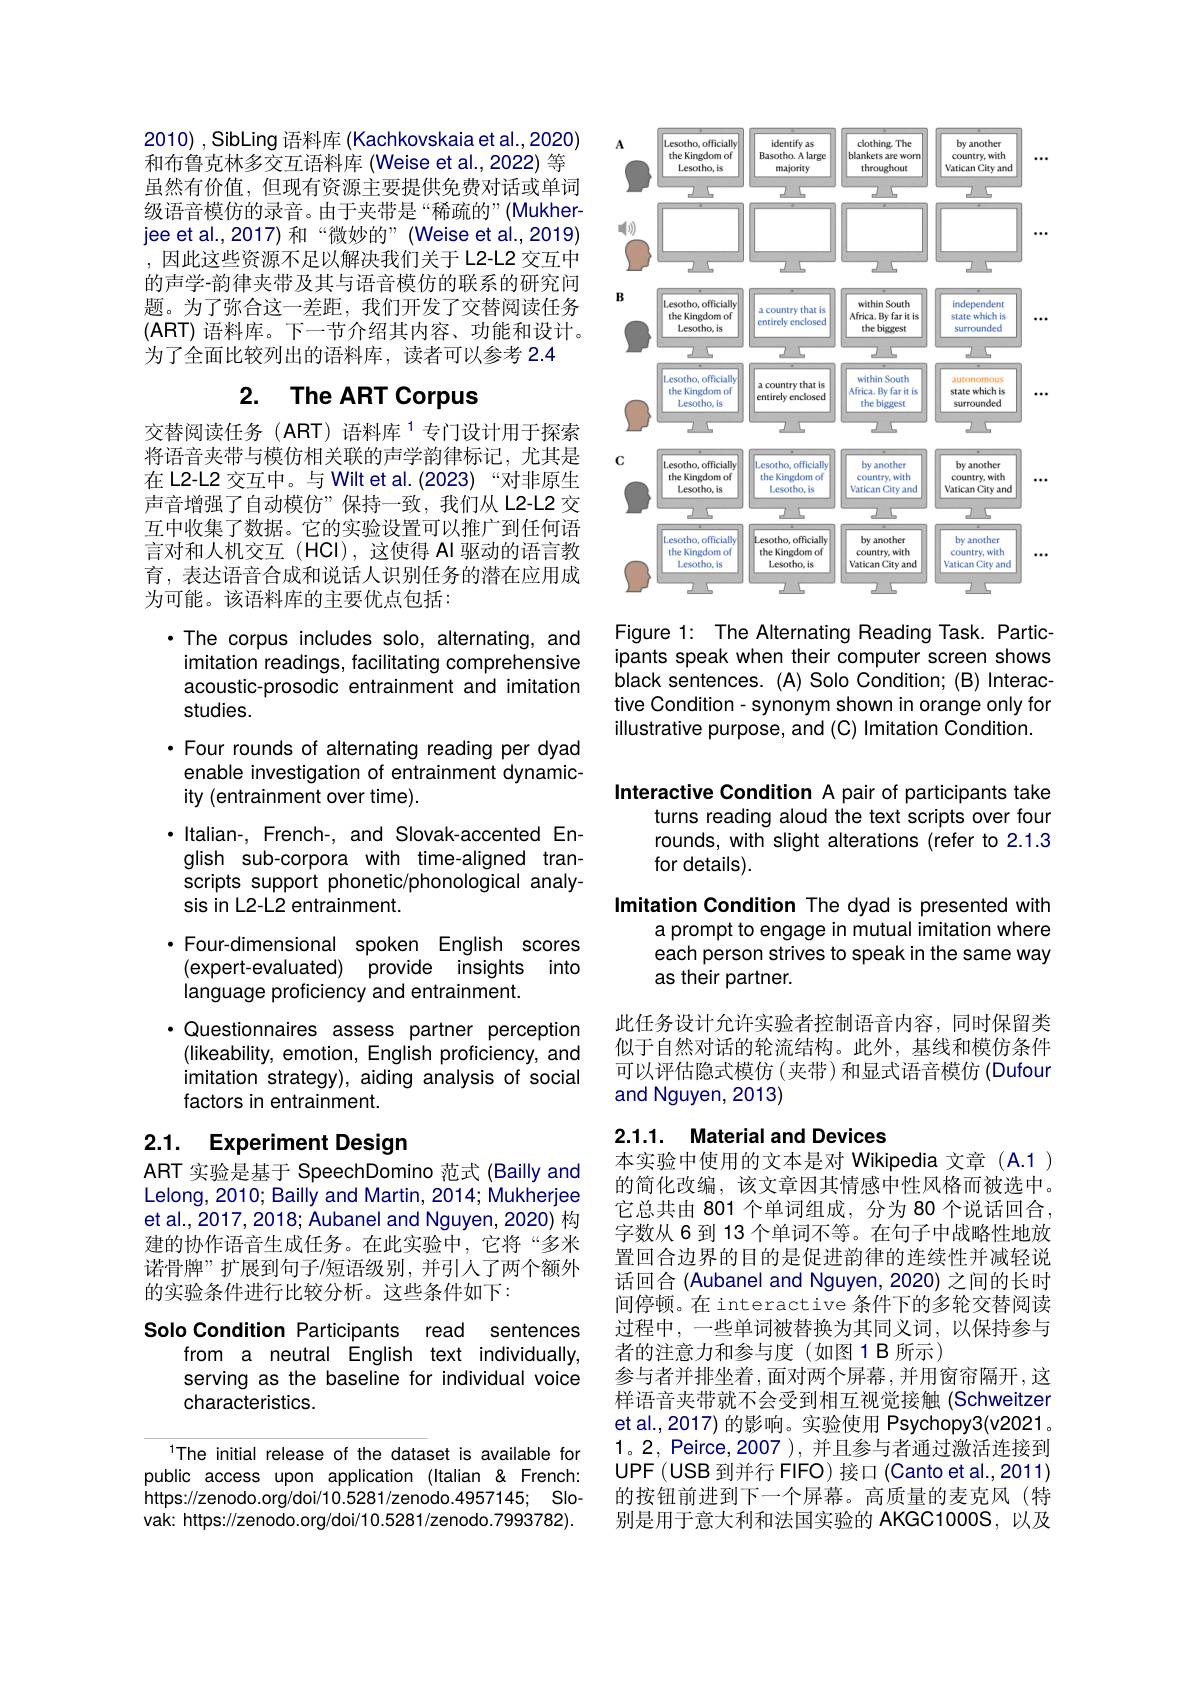
2010), SibLing 语料库 (Kachkovskaia et al., 2020) 和布鲁克林多交互语料库 (Weise et al., 2022) 等虽然有价值，但现有资源主要提供免费对话或单词级语音模仿的录音。由于夹带是“稀疏的”(Mukherjee et al., 2017) 和 “微妙的”(Weise et al., 2019) ,因此这些资源不足以解决我们关于L2-L2 交互中的声学-韵律夹带及其与语音模仿的联系的研究问题。为了弥合这一差距，我们开发了交替阅读任务(ART)语料库。下一节介绍其内容、功能和设计。为了全面比较列出的语料库，读者可以参考 2.4

# 2. The ART Corpus

交替阅读任务(ART)语料库$^{1}$专门设计用于探索将语音夹带与模仿相关联的声学韵律标记，尤其是在 L2-L2 交互中。与 Wilt et al. (2023) “对非原生声音增强了自动模仿”保持一致，我们从 L2-L2 交互中收集了数据。它的实验设置可以推广到任何语言对和人机交互(HCI),这使得 AI 驱动的语言教育，表达语音合成和说话人识别任务的潜在应用成为可能。该语料库的主要优点包括：
·The corpus includes solo, alternating, and imitation readings, facilitating comprehensive acoustic-prosodic entrainment and imitation studies.
·Four rounds of alternating reading per dyad enable investigation of entrainment dynamicity (entrainment over time).
$\cdot$ Italian-, French-, and Slovak-accented English sub-corpora with time-aligned transcripts support phonetic/phonological analysis in L2-L2 entrainment.
·Four-dimensional spoken English scores (expert-evaluated) provide insights into language proficiency and entrainment.
·Questionnaires assess partner perception
(likeability, emotion, English proficiency, and imitation strategy), aiding analysis of social factors in entrainment.

## 2.1. Experiment Design

ART 实验是基于 SpeechDomino 范式 (Bailly and Lelong, 2010; Bailly and Martin, 2014; Mukherjee et al., 2017, 2018; Aubanel and Nguyen, 2020) 构建的协作语音生成任务。在此实验中，它将“多米诺骨牌”扩展到句子/短语级别，并引人了两个额外的实验条件进行比较分析。这些条件如下：

Solo Condition Participants
read sentences
from a neutral English text individually, serving as the baseline for individual voice characteristics.

The initial release of the dataset is available for public access upon application (Italian &French: $https: / / zenodo. org/ doi/ 10. 5281/ zenodo. 4957145;$ $Slo-$ vak: https://zenodo.org/doi/10.5281/zenodo.7993782).

<FigureHere>

Figure 1: The Alternating Reading Task. Participants speak when their computer screen shows black sentences. (A) Solo Condition; (B) Interactive Condition- synonym shown in orange only for illustrative purpose, and (C) Imitation Condition.

Interactive Condition A pair of participants take
turns reading aloud the text scripts over four rounds, with slight alterations (refer to 2.1.3 for details).

Imitation Condition The dyad is presented with
a prompt to engage in mutual imitation where each person strives to speak in the same way as their partner.

此任务设计允许实验者控制语音内容，同时保留类似于自然对话的轮流结构。此外，基线和模仿条件可以评估隐式模仿(夹带)和显式语音模仿 (Dufour and Nguyen, 2013)

### 2.1.1. Material and Devices

本实验中使用的文本是对 Wikipedia 文章 (A.1 ) 的简化改编，该文章因其情感中性风格而被选中。它总共由 801 个单词组成，分为 80 个说话回合， 字数从 6 到 13 个单词不等。在句子中战略性地放置回合边界的目的是促进韵律的连续性并减轻说话回合 (Aubanel and Nguyen, 2020) 之间的长时间停顿。在 interactive 条件下的多轮交替阅读过程中，一些单词被替换为其同义词，以保持参与者的注意力和参与度(如图1B所示)
参与者并排坐着，面对两个屏幕，并用窗帘隔开，这样语音夹带就不会受到相互视觉接触(Schweitzer et al.,2017) 的影响。实验使用 Psychopy3(v2021。1。2, Peirce,2007 ), 并且参与者通过激活连接到UPF(USB 到并行 FIFO) 接口 (Canto et al.,2011) 的按钮前进到下一个屏幕。高质量的麦克风(特别是用于意大利和法国实验的 AKGC1000S,以及